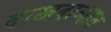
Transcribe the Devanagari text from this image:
दाखवाव्यात